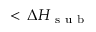
< \, \Delta H _ { \mathrm { ~ s ~ u ~ b ~ } }